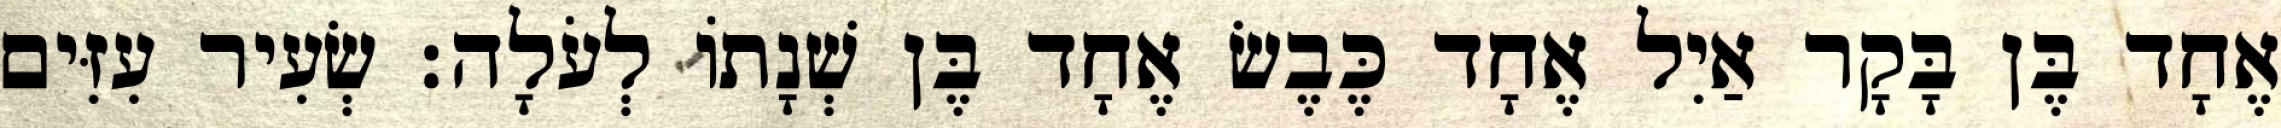
אֶחָד בֶּן בָּקָר אַיִל אֶחָד כֶּבֶשׂ אֶחָד בֶּן שְׁנָתוֹ לְעֹלָה׃ שְׂעִיר עִזִּים